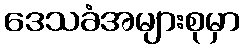
ဒေသခံအများစုမှာ